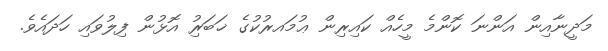
މަދީނާއިން އަންނަ ކޮންމެ މީހެއް ކައިރިން ޢުމައރުކުގެ ޚަބަރިު އޮޅުން ފިލުވައި ހަދައެވެ.